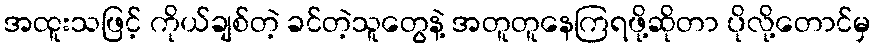
အထူးသဖြင့် ကိုယ်ချစ်တဲ့ ခင်တဲ့သူတွေနဲ့ အတူတူနေကြရဖို့ဆိုတာ ပိုလို့တောင်မှ